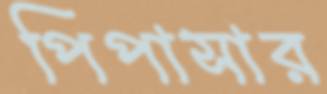
পিপাসার